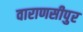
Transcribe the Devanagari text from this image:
वाराणसीपुर